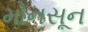
મોનસૂન